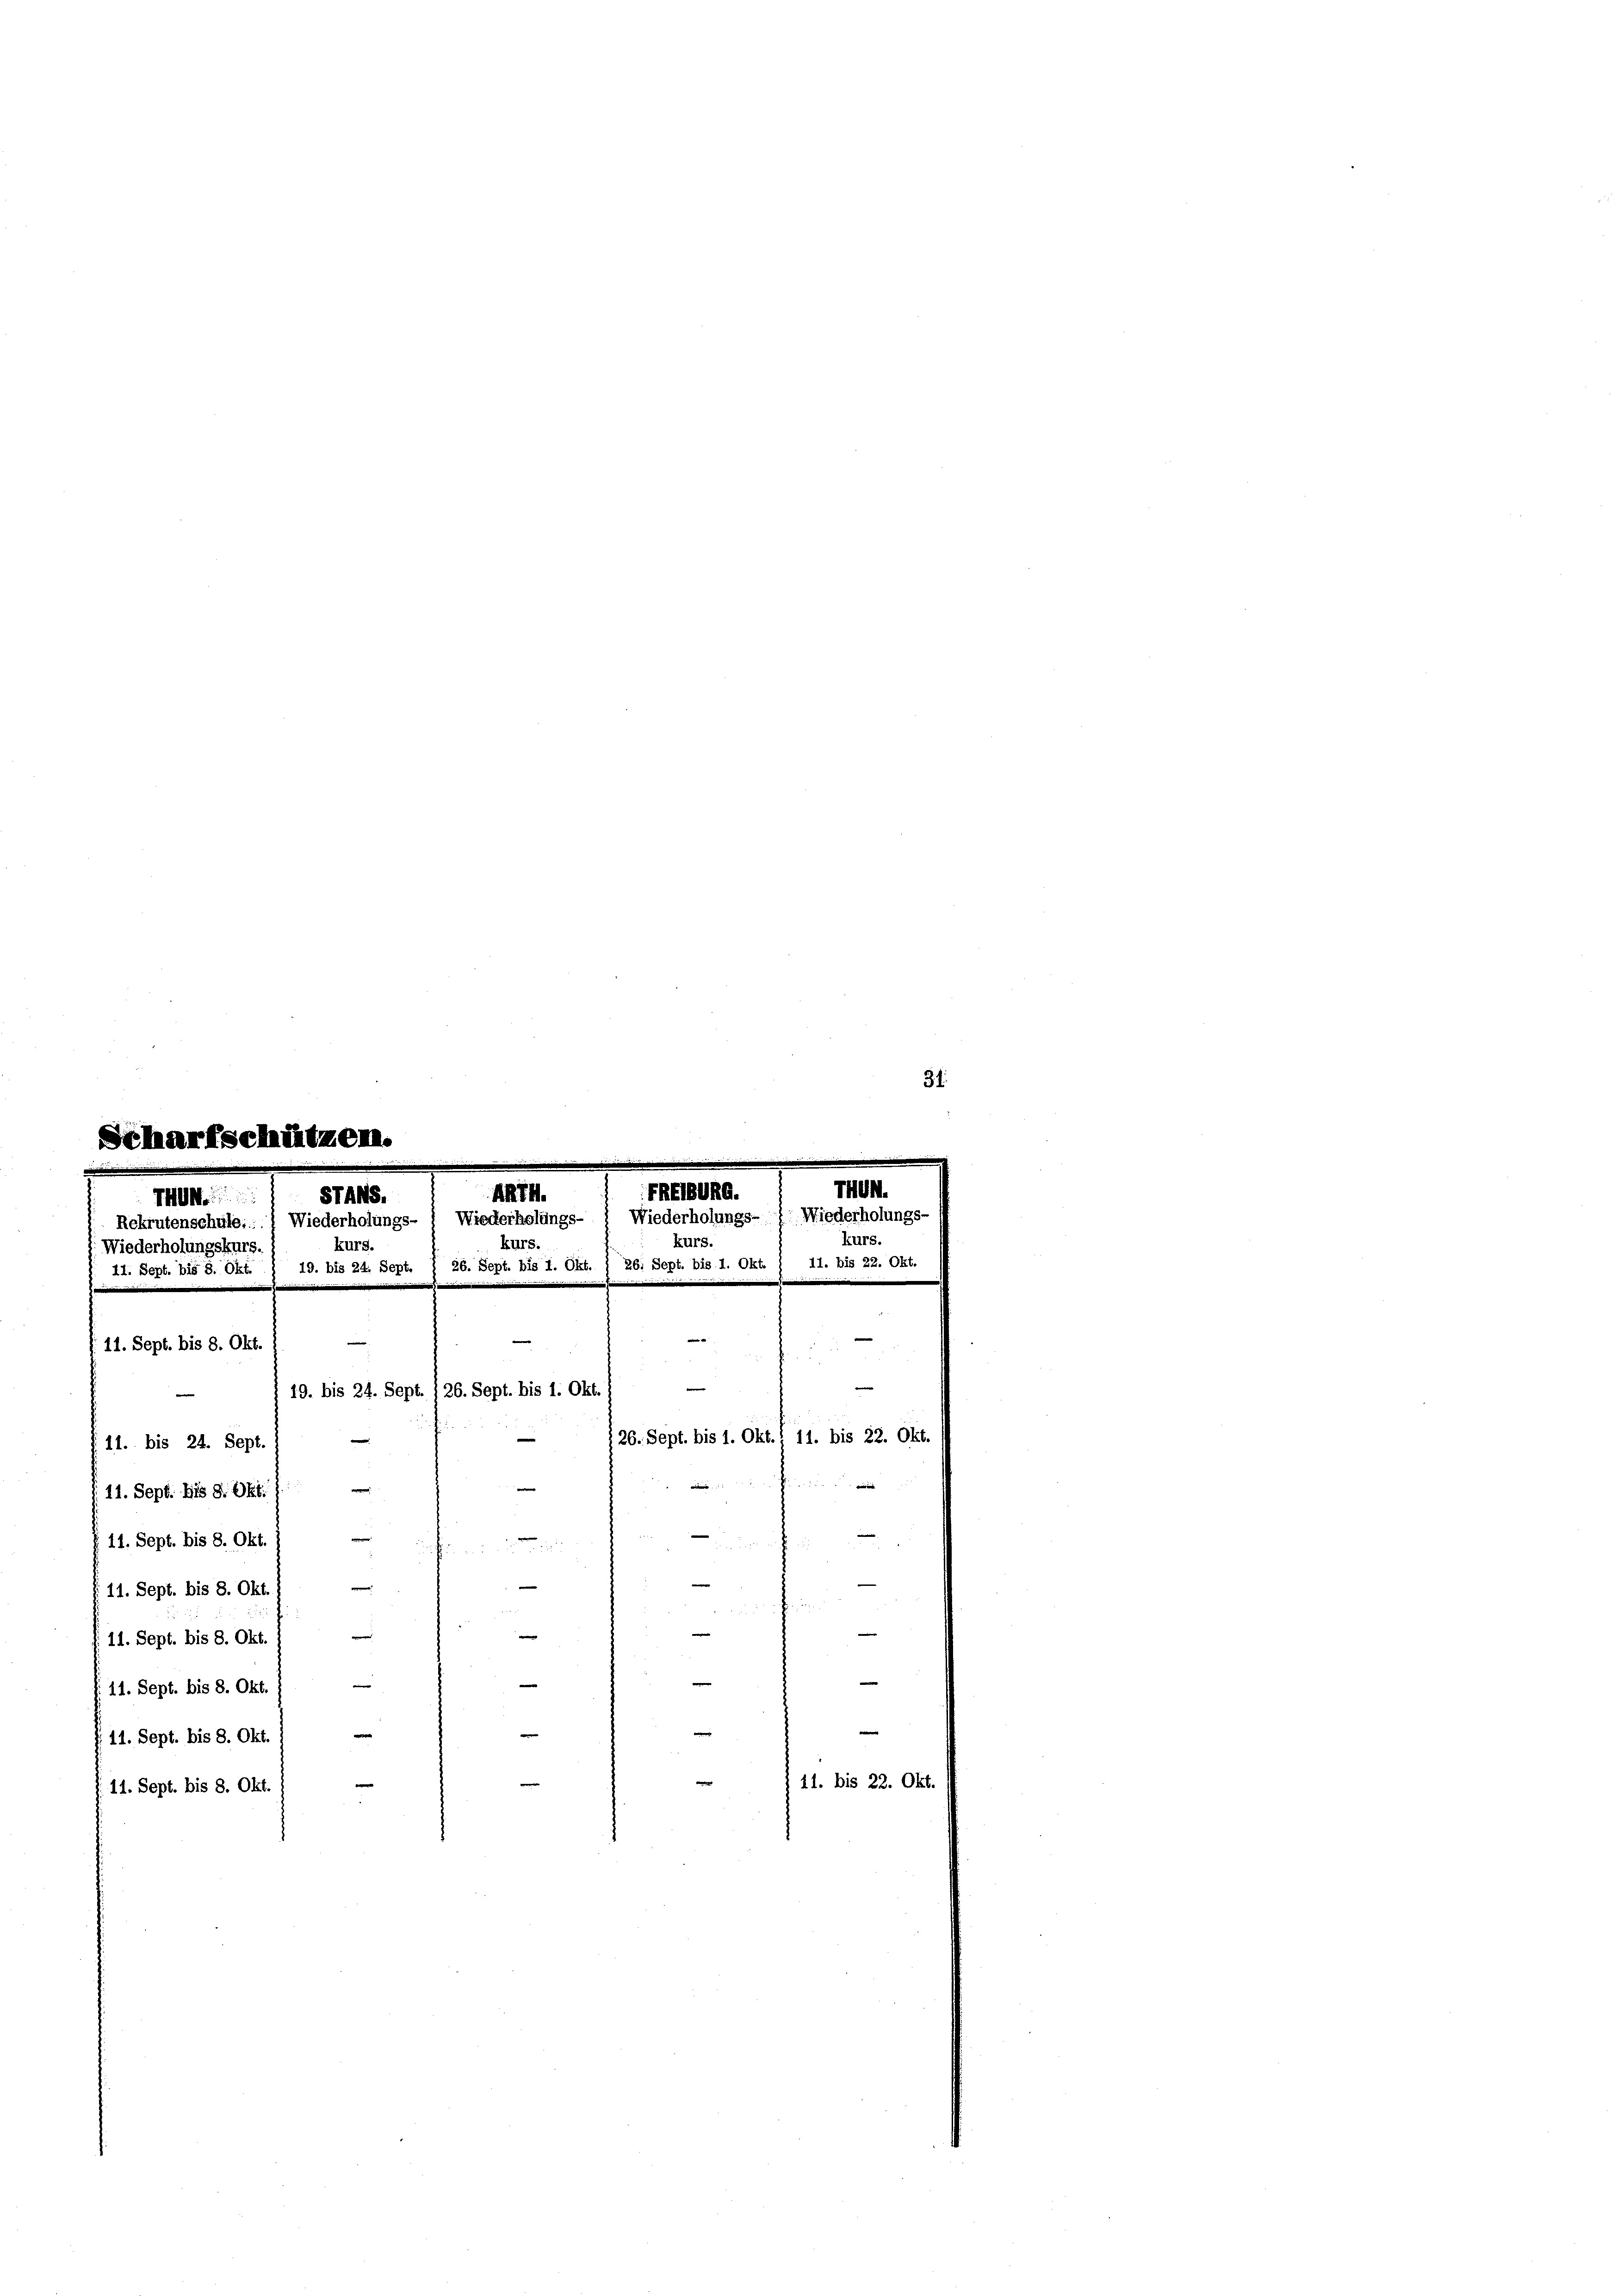
Daher

11. bis 24. Sept. 1
e
11. Sept. Bis 8. Okt.
11. Sept. bis 8. Okt. 1
11. Sept. bis 8. Okt./
e
e
11. Sept. bis 8. Okt.
n
11. Sept. bis 8. Okt.
—
e
11. Sept. bis 8. Okt.
 11. Sept. bis 8. Okt.

EHEIBUng.
ARTM.
87445.
THUN
Wiederholungs
Wiederholungs-
Rekrutenschule::) Wiederholungs-
kurs.
kurs.
kurs.
Wiederholungskurs.
11. Sept. bis 8. Okt. 1 19. bis 24. Sept. 1 26. Sept. bis 1. Okt. ) 26. Sept. bis 1. Okt. / 1
e
e
e
11. Sept. bis 8. Okt.

e
19. bis 24. Sept. 126. Sept. bis 1. Okt
|
26. Sept. bis 1. Okt. 11. bis 22. Okt.
e
n

h

e

§ 11. bis 22. Okt

31.